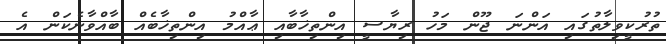
ތުރުކީވިލާތުގައި އަންނަ ޖޫން މަހު ރިޔާސީ އިންތިޚާބާއި ޢާއްމު އިންތިޚާބެއް ބާއްވާނެކަން އެ